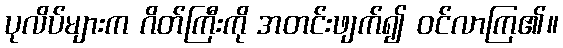
ပုလိပ်များက ဂိတ်ကြီးကို အတင်းဖျက်၍ ဝင်လာကြ၏။